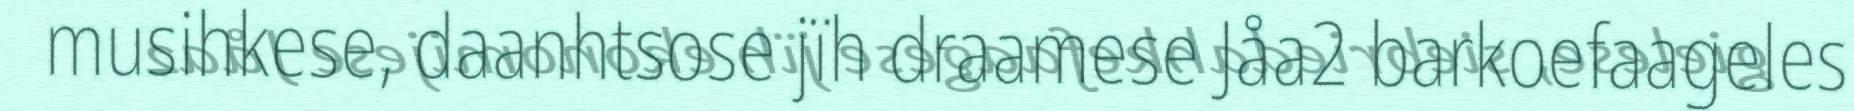
musihkese, daanhtsose jïh draamese Jåa2 barkoefaageles